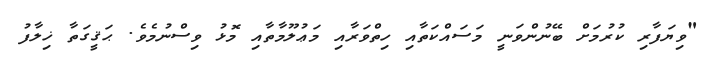
"ވިޔަފާރި ކުރުމަށް ބޭނުންވަނީ މަސައްކަތާއި ހިތްވަރާއި މަޢުލޫމާތާއި މޮޅު ވިސްނުމެވެ. ޙަޤީގަތާ ޚިލާފު